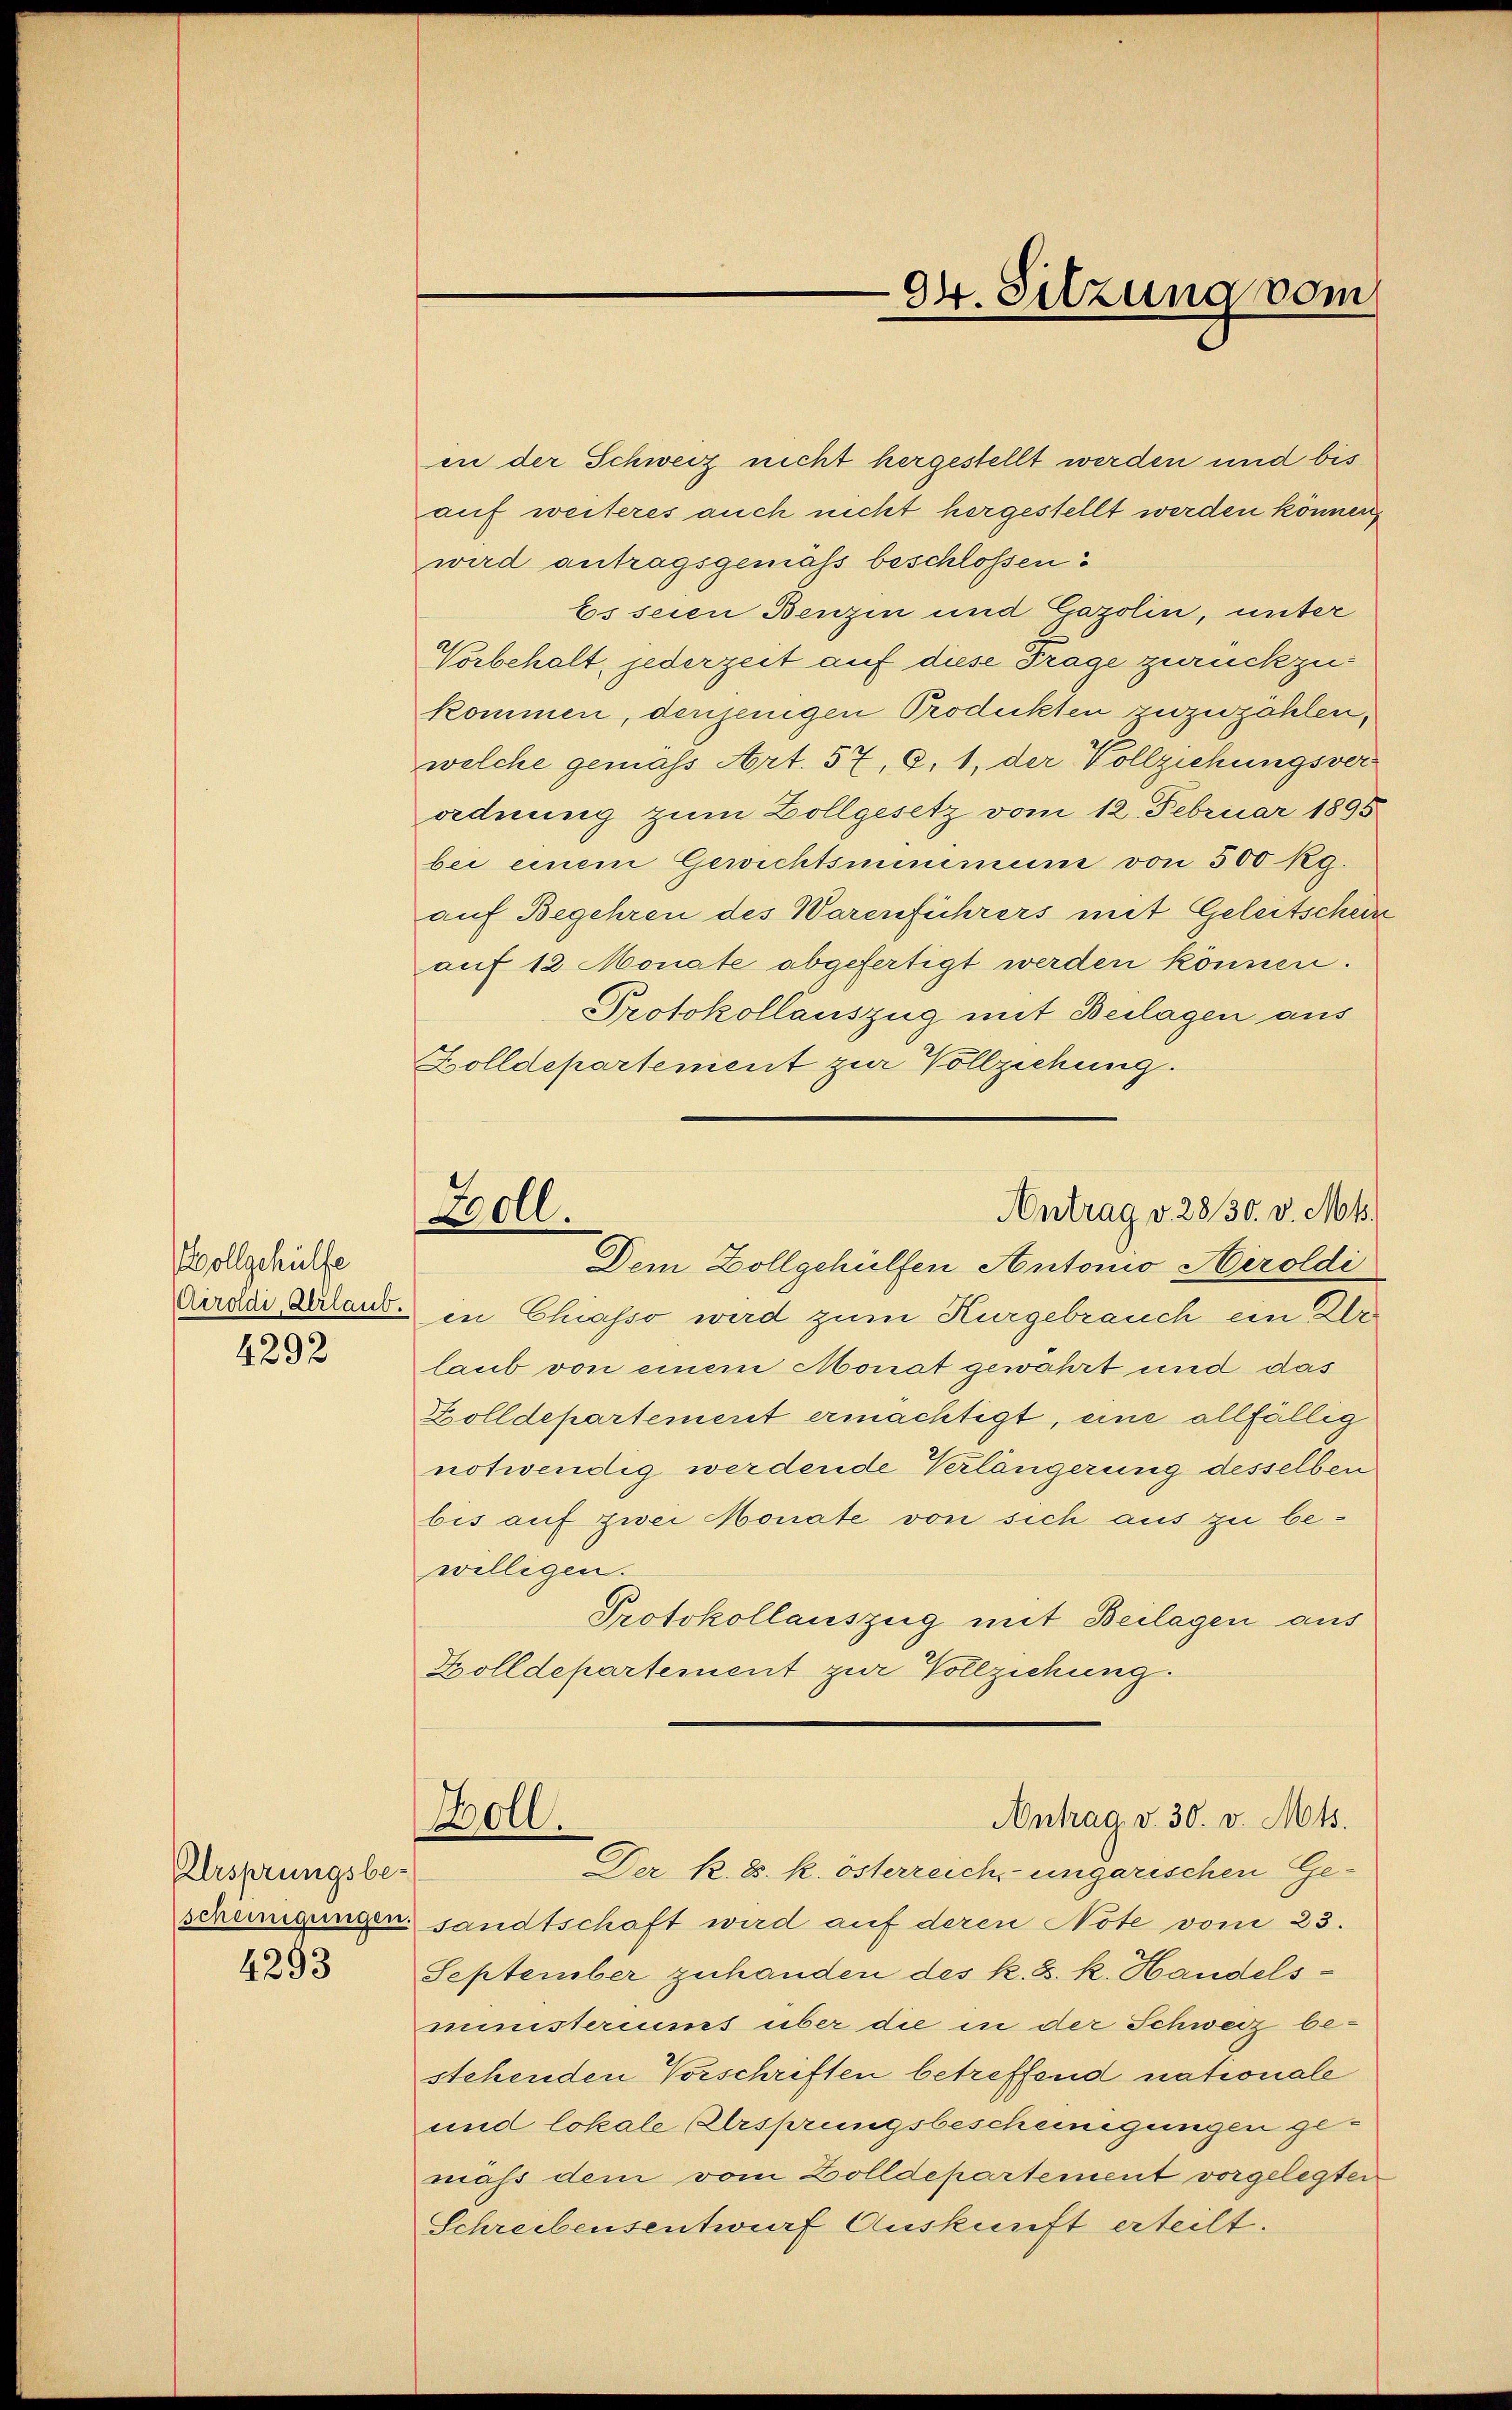
Wollgehülfe
Aeroldi, Verlaub.

4292

Ersprungsbe-
4293

in der Schweiz nicht hergestellt werden und bis
auf weiteres auch nicht hergestellt werden können,
wird antragsgemäß beschlossen:
Es seien Benzin und Gazolin, unter
Vorbehalt, jederzeit auf diese Frage zurückzukommen, denjenigen Produkten zuzuzählen,
welche gemass Art. 57, 6, 1, der Vollziehungsver
ordnung zum Zollgesetz vom 12. Februar 1895
bei einem Gewichtsminimum von 500 Rg.
auf Begehren des Warenführers mit Geleitschein
auf 12 Monate abgefertigt werden können.
Protokollauszug mit Beilagen aus
Zolldepartement zur Vollziehung.
Antrag v. 2830. v. Mts.
Boll.
Dem Zollgehülfen Antonio Aeroldi
in Chiasso wird zum Kurgebrauch ein Dr
laub von einem Monat gewährt und das
Zolldepartement ermächtigt, eine allfällig
notwendig werdende Verlängerung desselben
bis auf zwei Monate von sich aus zu be-
willigen.
Protokollauszug mit Beilagen aus
Holldepartement zur Vollziehung.

94. Sitzung vom

Der k. 85. k. österreich, ungarischen Ge-
scheinigungen sandtschaft wird auf deren Note vom 23.
September zuhanden des k. k. k. Handelsministeriums über die in der Schweiz be-
stehenden Vorschriften betreffend nationale
und lokale Ansprungsbescheinigungen gemäß dem vom Zolldepartement vorgelegten
Schreibensentwurf Auskunft erteilt.

Antrag v. 30. v. Mts.
Holl.